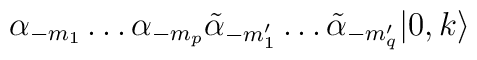
\alpha_{-m_1} \ldots \alpha_{-m_p} \tilde\alpha_{-m'_1} \ldots\tilde\alpha_{-m'_q} |0,k\rangle